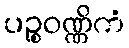
ပဉ္စဝဏ္ဏိကံ